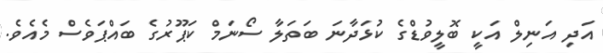
އަދި އަނިލް އަކީ ބޮލީވުޑްގެ ކުޅަދާނަ ބަތަލާ ސޯނަމް ކަޕޫރުގެ ބައްޕަވެސް މެއެވެ.